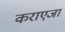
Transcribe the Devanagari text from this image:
कराएजा